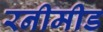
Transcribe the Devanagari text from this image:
रनीमीड